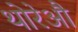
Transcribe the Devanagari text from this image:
थोरेऔ